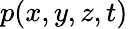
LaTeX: p(x,y,z,t)